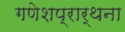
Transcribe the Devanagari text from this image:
गणेशप्रार्थना